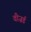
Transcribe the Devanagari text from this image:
वीज़र्ड